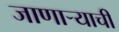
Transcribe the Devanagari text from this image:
जाणार्‍याची